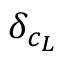
\delta _ { c _ { L } }